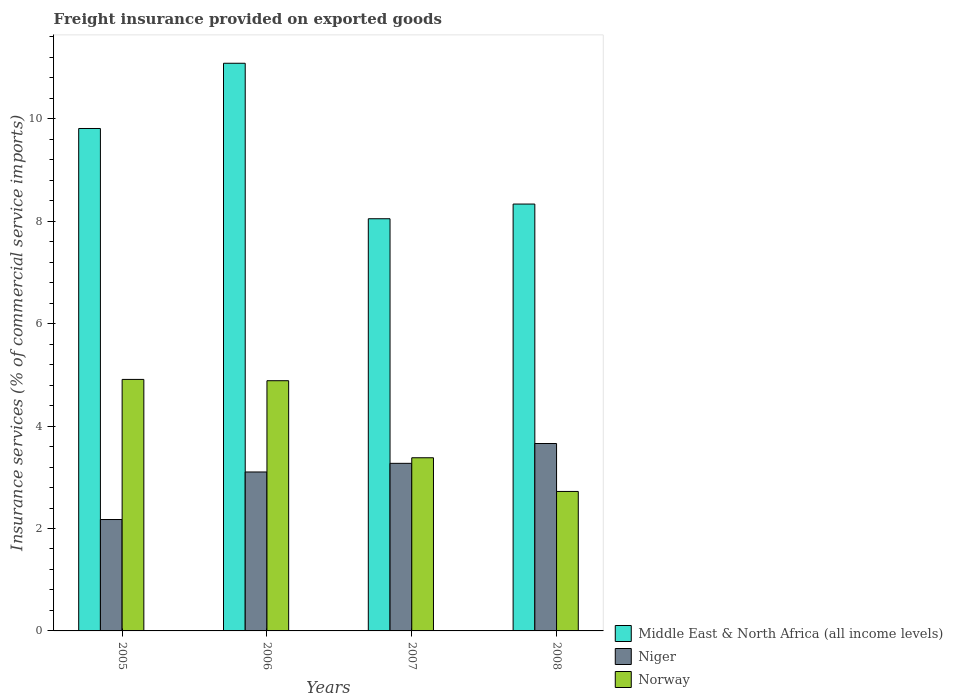
| Years | Middle East & North Africa (all income levels) | Niger | Norway |
 | --- | --- | --- | --- |
 | 2005 | 9.81 | 2.18 | 4.91 |
 | 2006 | 11.1 | 3.1 | 4.89 |
 | 2007 | 8.05 | 3.27 | 3.38 |
 | 2008 | 8.34 | 3.66 | 2.72 |